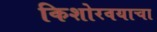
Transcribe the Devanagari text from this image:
किशोरवयाचा